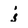
Character: j